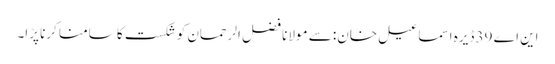
این اے 39 ڈیرہ اسماعیل خان: سے مولانا فضل الرحمان کو شکست کا سامنا کرنا پڑا۔